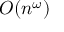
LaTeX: O ( n ^ { \omega } )